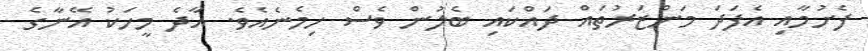
ފެށުމާއި އެފަދަ މަންޒަރުތައް ދައްކައި ބެލުން ވެސް ހިމެނެއެވެ. އާދެ މީހަކު އޭނާގެ